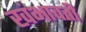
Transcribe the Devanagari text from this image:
खंभावती